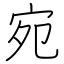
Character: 宛